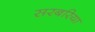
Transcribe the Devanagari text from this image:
सरबरिया